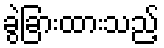
ခွဲခြားထားသည့်